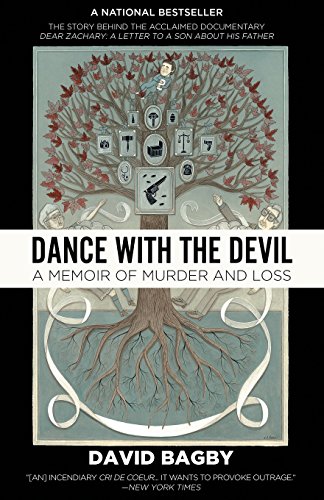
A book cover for Dance With the Devil: A Memoir of Murder and Loss; David Bagby; Biographies & Memoirs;